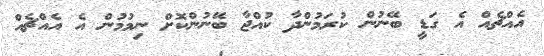
އެއްޗެއް އެ ގަޑީ ބޭނުން ކުރަމުންދާ ކުއްޖާ ބޭނުންކޮށް ނިމުމުން އެ އެއްޗެއް